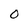
Character: 0